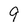
Character: 9